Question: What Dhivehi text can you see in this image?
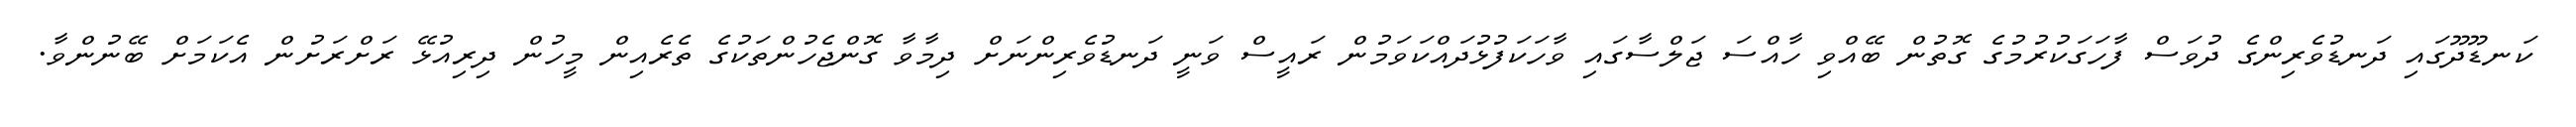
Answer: ކަނޑޫދޫގައި ދަނޑުވެރިންގެ ދުވަސް ފާހަގަކުރުމުގެ ގޮތުން ބޭއްވި ހާއްސަ ޖަލްސާގައި ވާހަކަފުޅުދައްކަވަމުން ރައީސް ވަނީ ދަނޑުވެރިންނަށް ދިމާވާ ގޮންޖެހުންތަކުގެ ތެރެއިން މީހުން ދިރިއުޅޭ ރަށްރަށުން އެކަމަށް ބޭނުންވާ.